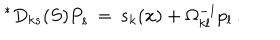
{ } ^ { \ast } D _ { k s } ( S ) P _ { s } \, = \, { s } _ { k } ( x ) + \Omega _ { k l } ^ { - 1 } p _ { l } \, .